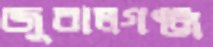
জুরালগঞ্জ